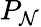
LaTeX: P_{\mathcal{N}}